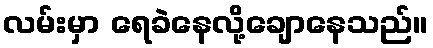
လမ်းမှာ ရေခဲနေလို့ချောနေသည်။